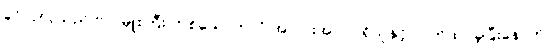
ခင်လှလှသည် ဗိုလ်မှူးကြီး တစ်ယောက်လို အလားအလာ ရှိသူနှင့် လက်ထပ်ခဲ့ပြီးနောက်